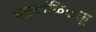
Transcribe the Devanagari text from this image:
चतुटांकिकाम्ल